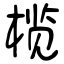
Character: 榄